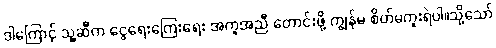
ဒါကြောင့် သူ့ဆီက ငွေရေးကြေးရေး အကူအညီ တောင်းဖို့ ကျွန်မ စိတ်မကူးရဲပါ။သို့သော်